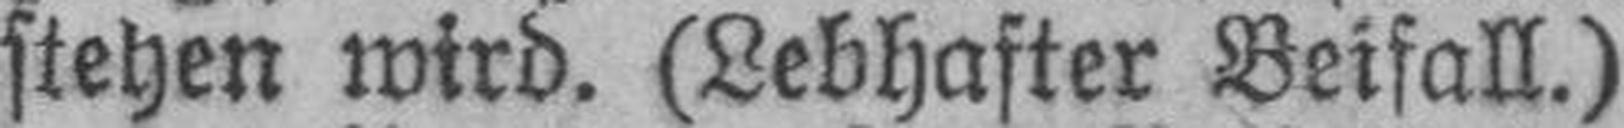
stehen wird. (Lebhafter Beifall.)